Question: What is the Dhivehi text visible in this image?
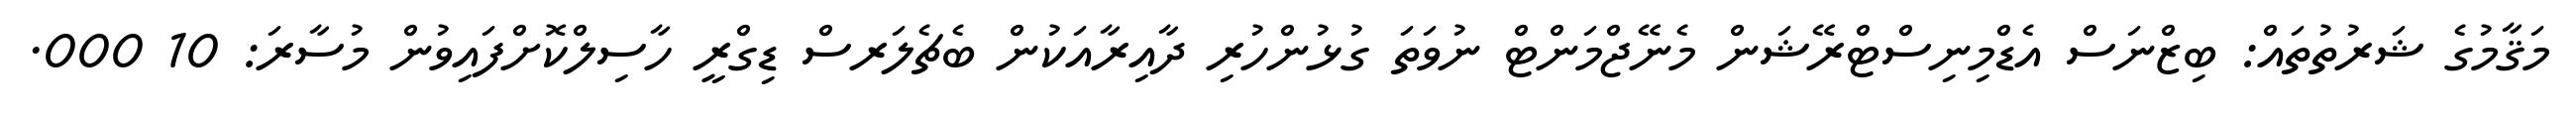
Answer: މަޤާމުގެ ޝަރުތުތައް: ބިޒްނަސް އެޑްމިނިސްޓްރޭޝަން މެނޭޖްމަންޓް ނުވަތަ ގުޅުންހުރި ދާއިރާއަކުން ބެޗެލަރސް ޑިގްރީ ހާސިލްކޮށްފައިވުން މުސާރަ: 10 000.